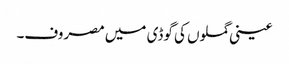
عینی گملوں کی گوڈی میں مصروف۔